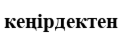
кеңірдектен